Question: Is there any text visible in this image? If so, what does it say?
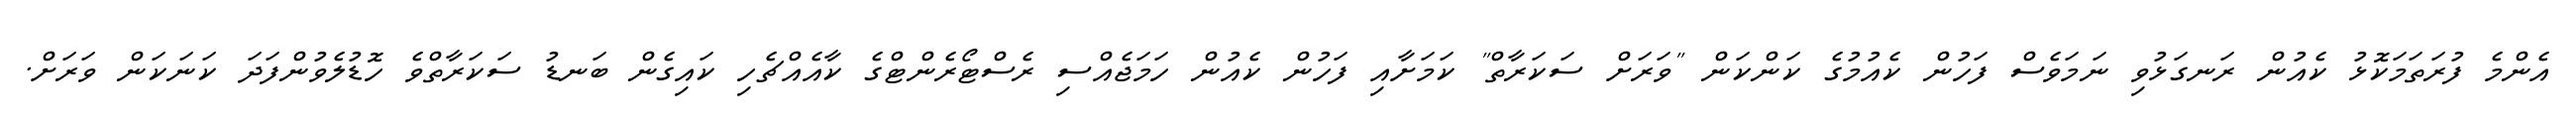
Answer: އެންމެ ފުރަތަމަކޮޅު ކެއުން ރަނގަޅުވި ނަމަވެސް ފަހުން ކެއުމުގެ ކަންކަން "ވަރަށް ސަކަރާތް" ކަމަށާއި ފަހުން ކެއުން ހަމަޖެއްސި ރެސްޓޯރެންޓްގެ ކާއެއްޗެހި ކައިގެން ބަނޑު ސަކަރާތްވެ ހޮޑުލެވުންފަދަ ކަނަކަން ވަރަށް.